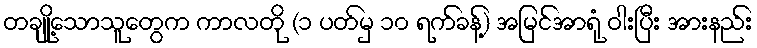
တချို့သောသူတွေက ကာလတို (၁ ပတ်မှ ၁၀ ရက်ခန့်) အမြင်အာရုံ ဝါးပြီး အားနည်း